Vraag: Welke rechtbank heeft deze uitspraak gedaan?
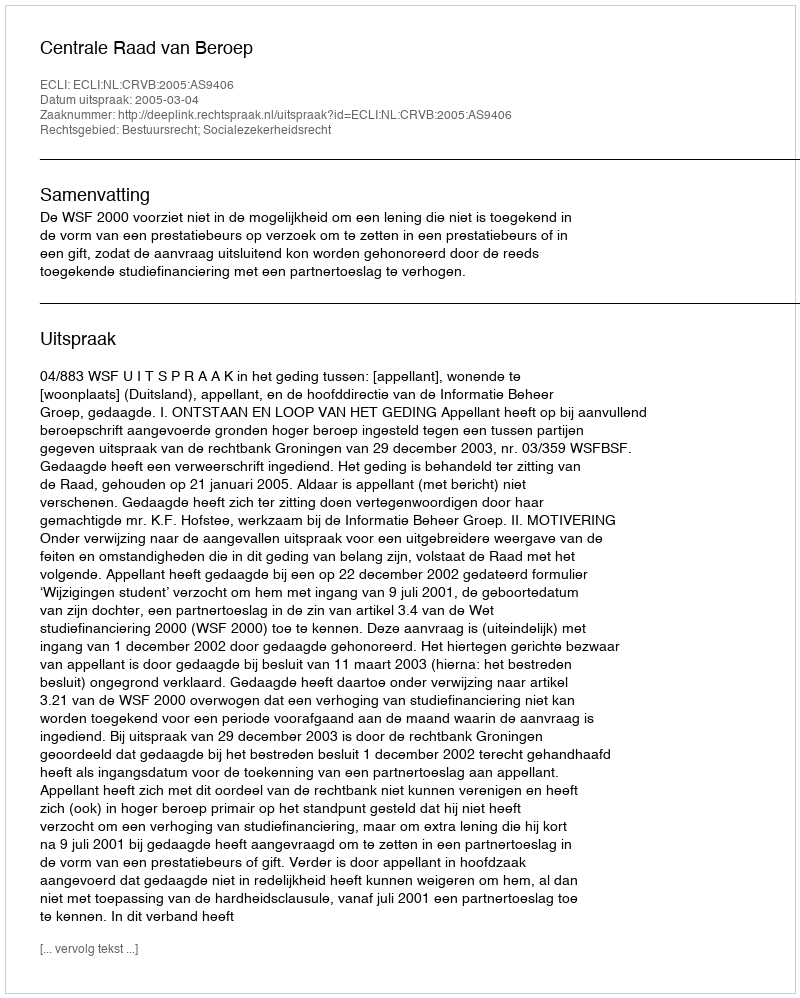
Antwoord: Centrale Raad van Beroep